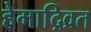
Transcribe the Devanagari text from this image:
हेमाद्रिव्रत